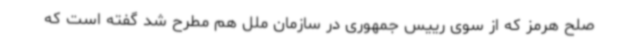
صلح هرمز که از سوی رییس جمهوری در سازمان ملل هم مطرح شد گفته است که